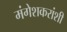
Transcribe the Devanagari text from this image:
मंगेशकरांशी